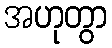
အဟုတွာ